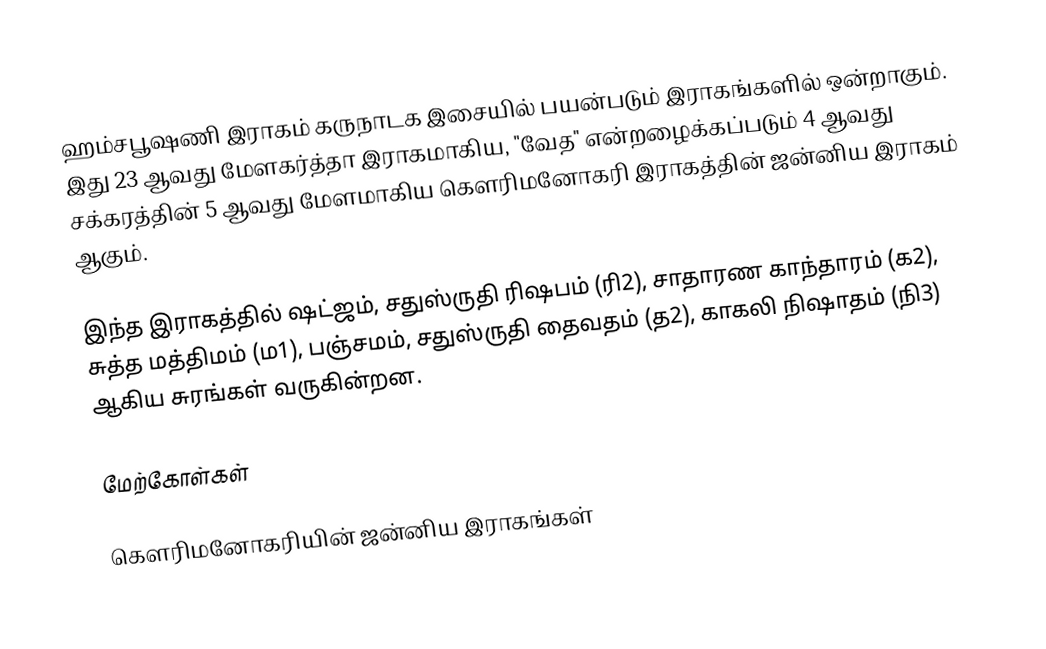
ஹம்சபூஷணி இராகம் கருநாடக இசையில் பயன்படும் இராகங்களில் ஒன்றாகும். இது 23 ஆவது மேளகர்த்தா இராகமாகிய, "வேத" என்றழைக்கப்படும் 4 ஆவது சக்கரத்தின் 5 ஆவது மேளமாகிய கௌரிமனோகரி இராகத்தின் ஜன்னிய இராகம் ஆகும்.

இந்த இராகத்தில் ஷட்ஜம், சதுஸ்ருதி ரிஷபம் (ரி2),  சாதாரண காந்தாரம் (க2), சுத்த மத்திமம் (ம1), பஞ்சமம்,  சதுஸ்ருதி தைவதம் (த2), காகலி நிஷாதம்  (நி3) ஆகிய சுரங்கள் வருகின்றன.

மேற்கோள்கள்

கௌரிமனோகரியின் ஜன்னிய இராகங்கள்